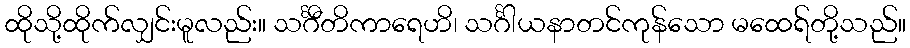
ထိုသို့ထိုက်လျှင်းမူလည်း။ သင်္ဂီတိကာရေဟိ၊ သင်္ဂါယနာတင်ကုန်သော မထေရ်တို့သည်။